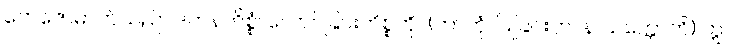
တေဇောဓာတ်သည်။ ဒဟနကိစ္စံ၊ လောင်ခြင်းကိစ္စကို။ (ကာတုံ၊ ပြုခြင်းငှာ။ န သက္ကောတိ) ဣဝ၊